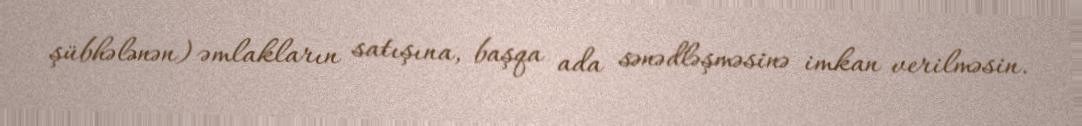
şübhələnən) əmlakların satışına, başqa ada sənədləşməsinə imkan verilməsin.